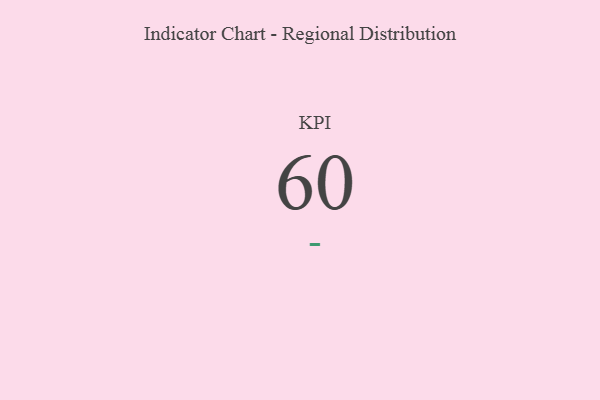
{"axis": {"x": "KPI", "y": "Value"}, "legend": [""], "data": [{"x": "KPI", "y": 60, "type": ""}]}